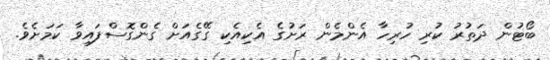
ބޯޓުން ދަތުރު ކުރި ހުރިހާ އެންމެން ރަށުގެ އެކިއެކި ގޭގެއަށް ގެންގޮސްފައިވާ ކަމަށެވެ.